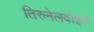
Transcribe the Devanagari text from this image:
तिरुनेलवोइल